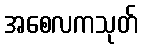
အစေလကသုတ်